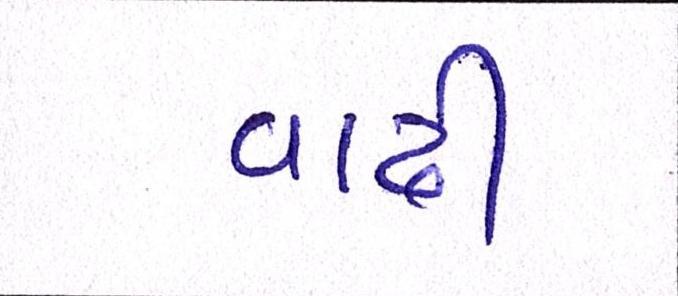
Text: વાઢી